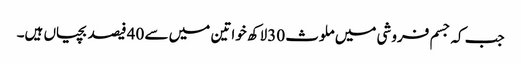
جب کہ جسم فروشی میں ملوث 30لاکھ خواتین میں سے 40 فیصد بچیاں ہیں۔